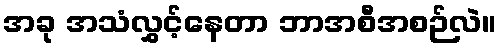
အခု အသံလွှင့်နေတာ ဘာအစီအစဉ်လဲ။